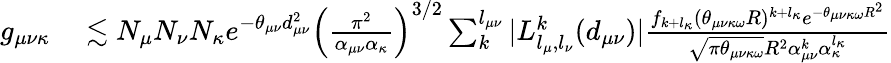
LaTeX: \begin{array}{rl}{g_{\mu\nu\kappa}}&{{}\lesssim N_{\mu}N_{\nu}N_{\kappa}e^{-\theta_{\mu\nu}d_{\mu\nu}^{2}}\Big(\frac{\pi^{2}}{\alpha_{\mu\nu}\alpha_{\kappa}}\Big)^{3/2}\sum_{k}^{l_{\mu\nu}}|L_{l_{\mu},l_{\nu}}^{k}(d_{\mu\nu})|\frac{f_{k+l_{\kappa}}(\theta_{\mu\nu\kappa\omega}R)^{k+l_{\kappa}}e^{-\theta_{\mu\nu\kappa\omega}R^{2}}}{\sqrt{\pi\theta_{\mu\nu\kappa\omega}}R^{2}\alpha_{\mu\nu}^{k}\alpha_{\kappa}^{l_{\kappa}}}}\end{array}